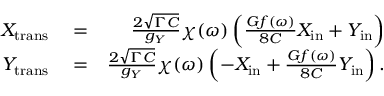
\begin{array} { r l r } { X _ { \mathrm { t r a n s } } } & { { } = } & { \frac { 2 \sqrt { \Gamma C } } { g _ { Y } } \chi ( \omega ) \left( \frac { G f ( \omega ) } { 8 C } X _ { \mathrm { i n } } + Y _ { \mathrm { i n } } \right) } \\ { Y _ { \mathrm { t r a n s } } } & { { } = } & { \frac { 2 \sqrt { \Gamma C } } { g _ { Y } } \chi ( \omega ) \left( - X _ { \mathrm { i n } } + \frac { G f ( \omega ) } { 8 C } Y _ { \mathrm { i n } } \right) . } \end{array}